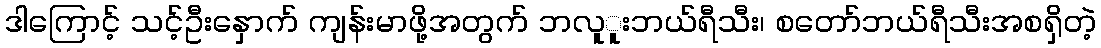
ဒါကြောင့် သင့်ဦးနှောက် ကျန်းမာဖို့အတွက် ဘလူူးဘယ်ရီသီး၊ စတော်ဘယ်ရီသီးအစရှိတဲ့